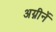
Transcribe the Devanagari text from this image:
अग्नीनें